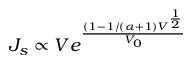
J _ { s } \propto V e ^ { \frac { ( 1 - 1 / ( \alpha + 1 ) V ^ { \frac { 1 } { 2 } } } { V _ { 0 } } }